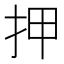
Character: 押